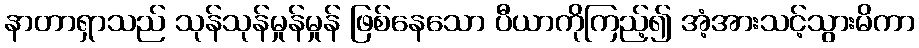
နာတာရှာသည် သုန်သုန်မှုန်မှုန် ဖြစ်နေသော ပီယာကိုကြည့်၍ အံ့အားသင့်သွားမိကာ